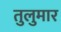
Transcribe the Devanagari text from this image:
तुलुमार